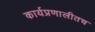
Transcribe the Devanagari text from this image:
कार्यप्रणालीतच